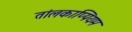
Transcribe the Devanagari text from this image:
तांलकाप्पियम